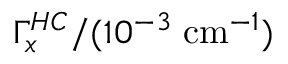
\Gamma _ { x } ^ { H C } / ( 1 0 ^ { - 3 } \; \mathrm { c m } ^ { - 1 } )